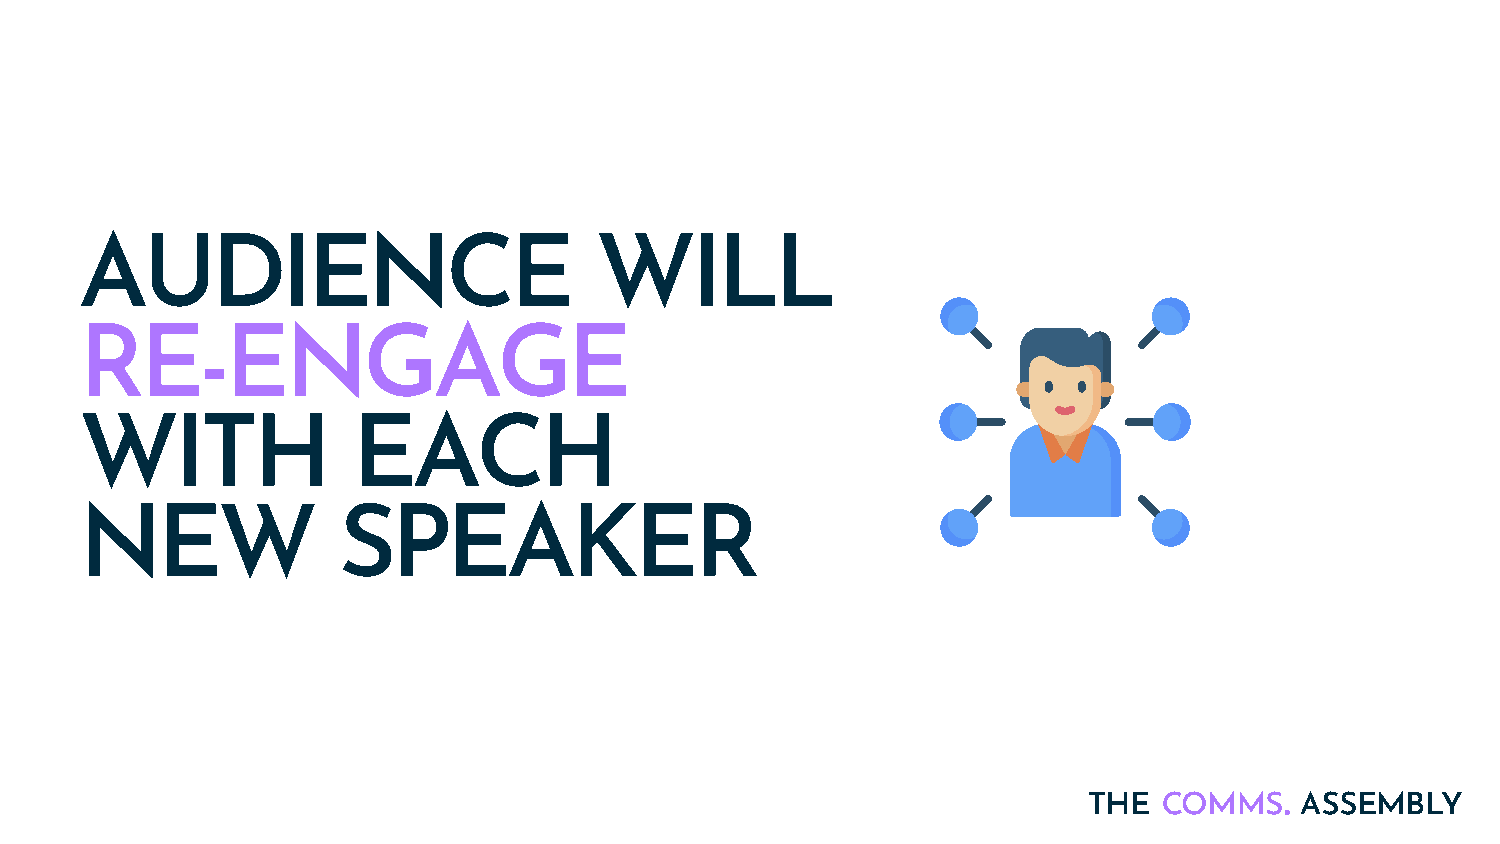
AUDIENCE                          WILL
 RE-ENGAGE
 WITH              EACH
 NEW              SPEAKER